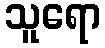
သူရော